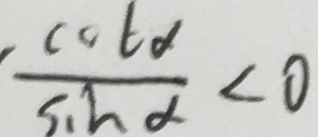
\frac { \cot \alpha } { \sin \alpha } < 0